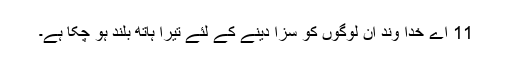
11 اے خدا وند ان لوگوں کو سزا دینے کے لئے تیرا ہاتھ بلند ہو چکا ہے۔